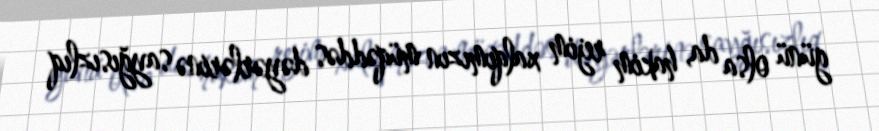
günü olsa da, hakim rejim xalqımızın müqəddəs dəyərlərinə sayğısızlıq